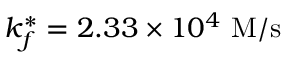
k _ { f } ^ { * } = 2 . 3 3 \times 1 0 ^ { 4 } ~ \mathrm { M / s }